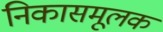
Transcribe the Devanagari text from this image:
निकासमूलक